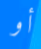
أو